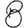
Digit: 8